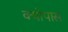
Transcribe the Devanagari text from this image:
क्योपास